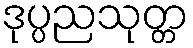
ဒုပ္ပညသုတ္တ